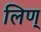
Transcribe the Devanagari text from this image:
लिण्